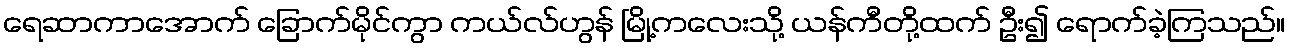
ရေဆာကာအောက် ခြောက်မိုင်ကွာ ကယ်လ်ဟွန် မြို့ကလေးသို့ ယန်ကီတို့ထက် ဦး၍ ရောက်ခဲ့ကြသည်။